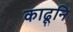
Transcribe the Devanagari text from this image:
काढूनि